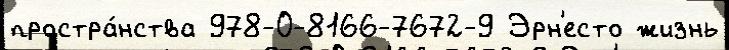
простра́нства 978-0-8166-7672-9 Эрн'есто жизнь